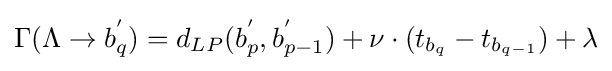
\Gamma (\Lambda \to b_{q}^{'})=d_{LP}(b_{p}^{'},b_{p-1}^{'})+\nu \cdot (t_{b_{q}}-t_{b_{q-1}})+\lambda